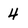
Character: 4